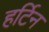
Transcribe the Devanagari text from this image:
हर्टिन